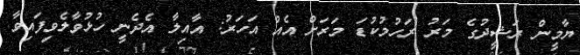
ޔާމީން ރަޝީދުގެ މަރު ރަހުމުކުޑަ މަރަށް އެއް އަހަރު: އާއިލާ އެދެނީ ހުޅުވާލެވިފައިވާ